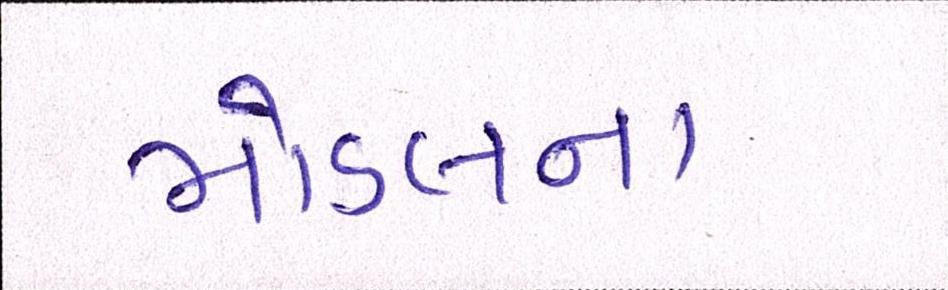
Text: મોડલના